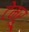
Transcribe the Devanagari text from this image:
टेम्‍रू